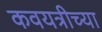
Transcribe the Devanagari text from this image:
कवयत्रीच्या